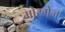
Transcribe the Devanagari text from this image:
मोरगेज